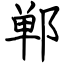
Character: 郸